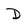
Character: D